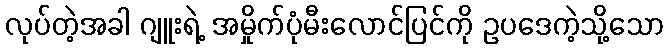
လုပ်တဲ့အခါ ဂျူးရဲ့ အမှိုက်ပုံမီးလောင်ပြင်ကို ဥပဒေကဲ့သို့သော